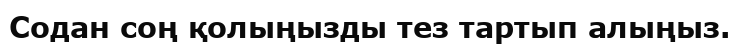
Содан соң қолыңызды тез тартып алыңыз.